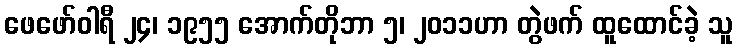
ဖေဖော်ဝါရီ ၂၄၊ ၁၉၅၅ အောက်တိုဘာ ၅၊ ၂၀၁၁ဟာ တွဲဖက် ထူထောင်ခဲ့ သူ